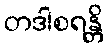
တဒါစရန္တိ